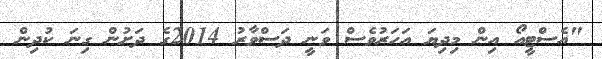
"އެސްޓީއޯ އިން މިދިޔަ އަހަރުވެސް ވަނީ ދަސްވާރު 2014ގެ ދަށުން ގިނަ ކުދިން